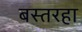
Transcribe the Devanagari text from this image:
बस्तरहा